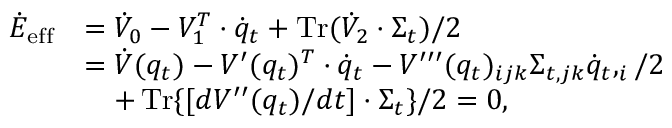
\begin{array} { r l } { \dot { E } _ { \mathrm { e f f } } } & { = \dot { V } _ { 0 } - V _ { 1 } ^ { T } \cdot \dot { q } _ { t } + \operatorname { T r } ( \dot { V } _ { 2 } \cdot \Sigma _ { t } ) / 2 } \\ & { = \dot { V } ( q _ { t } ) - V ^ { \prime } ( q _ { t } ) ^ { T } \cdot \dot { q } _ { t } - V ^ { \prime \prime \prime } ( q _ { t } ) _ { i j k } \Sigma _ { t , j k } \dot { q } _ { t } , _ { i } / 2 } \\ & { ~ ~ ~ + \operatorname { T r } \{ [ d V ^ { \prime \prime } ( q _ { t } ) / d t ] \cdot \Sigma _ { t } \} / 2 = 0 , } \end{array}